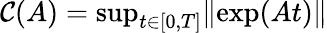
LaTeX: \mathcal{C}(A)=\mathrm{sup}_{t\in[0,T]}\| \mathrm{exp}(At)\|